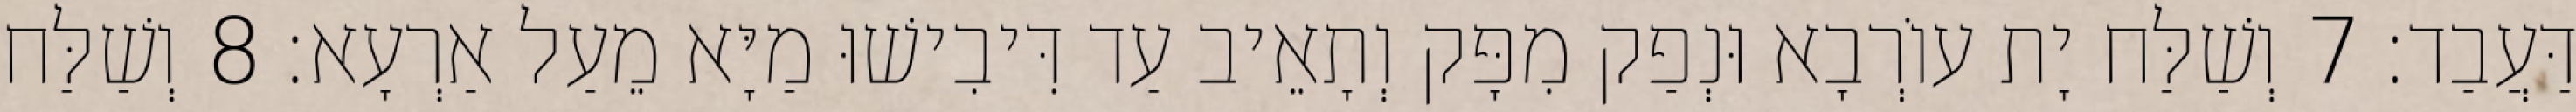
דַּעֲבַד׃ 7 וְשַׁלַּח יָת עוֹרְבָא וּנְפַק מִפָּק וְתָאֵיב עַד דִּיבִישׁוּ מַיָּא מֵעַל אַרְעָא׃ 8 וְשַׁלַּח